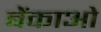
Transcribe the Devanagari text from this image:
बेंकाओ